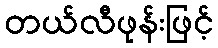
တယ်လီဖုန်းဖြင့်